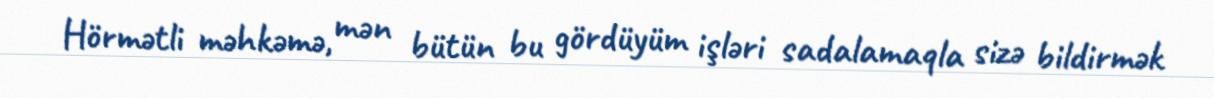
Hörmətli məhkəmə, mən bütün bu gördüyüm işləri sadalamaqla sizə bildirmək